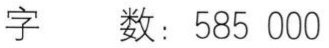
字 数：585 000